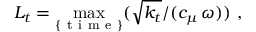
L _ { t } = \operatorname* { m a x } _ { \{ \mathrm { ~ t ~ i ~ m ~ e ~ } \} } ( \sqrt { k _ { t } } / ( c _ { \mu } \, \omega ) ) \mathrm { ~ , ~ }